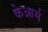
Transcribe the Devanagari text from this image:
केआर्म